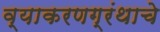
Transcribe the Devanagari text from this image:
व्याकरणग्रंथाचे